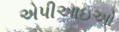
એપીઆઇઓ